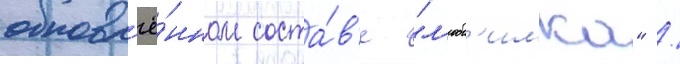
обновл'ё́нном соста́в'е "л'юб'имка" /